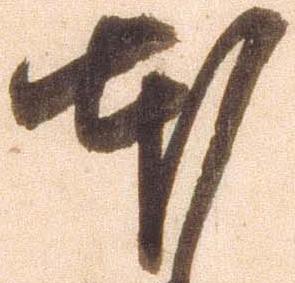
本